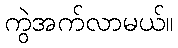
ကွဲအက်လာမယ်။